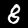
Label: 8